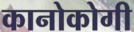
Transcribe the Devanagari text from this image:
कानोकोगी